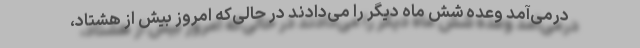
درمی‌آمد وعده شش ماه دیگر را می‌دادند در حالی‌که امروز بیش از هشتاد،